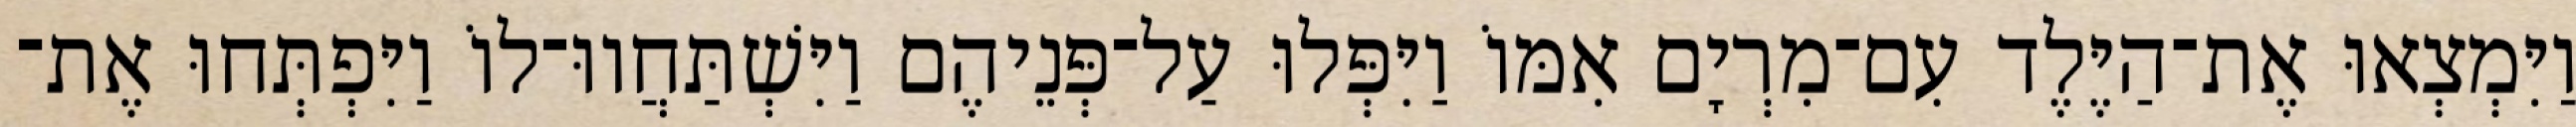
וַיִּמְצְאוּ אֶת־הַיֶּלֶד עִם־מִרְיָם אִמּוֹ וַיִּפְּלוּ עַל־פְּנֵיהֶם וַיִּשְׁתַּחֲווּ־לוֹ וַיִּפְתְּחוּ אֶת־